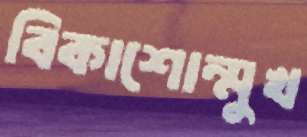
বিকাশোন্মুখ